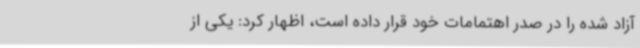
آزاد شده را در صدر اهتمامات خود قرار داده است، اظهار کرد: یکی از